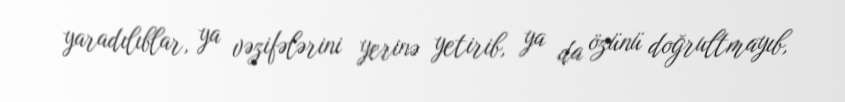
yaradılıblar, ya vəzifələrini yerinə yetirib, ya da özünü doğrultmayıb,